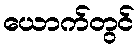
ယောက်တွင်